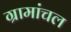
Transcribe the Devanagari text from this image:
ग्रामांचल